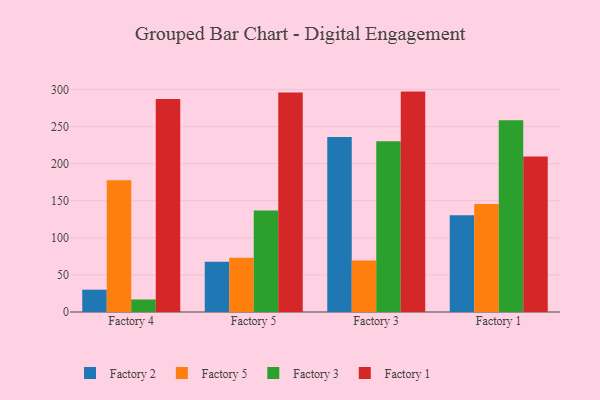
{"axis": {"x": "Factory", "y": "Satisfaction Score"}, "legend": ["Factory 1", "Factory 2", "Factory 3", "Factory 5"], "data": [{"x": "Factory 4", "y": 30.1, "type": "Factory 2"}, {"x": "Factory 4", "y": 177.5, "type": "Factory 5"}, {"x": "Factory 4", "y": 16.9, "type": "Factory 3"}, {"x": "Factory 4", "y": 287.0, "type": "Factory 1"}, {"x": "Factory 5", "y": 67.9, "type": "Factory 2"}, {"x": "Factory 5", "y": 73.0, "type": "Factory 5"}, {"x": "Factory 5", "y": 136.8, "type": "Factory 3"}, {"x": "Factory 5", "y": 295.8, "type": "Factory 1"}, {"x": "Factory 3", "y": 236.0, "type": "Factory 2"}, {"x": "Factory 3", "y": 69.3, "type": "Factory 5"}, {"x": "Factory 3", "y": 230.2, "type": "Factory 3"}, {"x": "Factory 3", "y": 297.1, "type": "Factory 1"}, {"x": "Factory 1", "y": 130.4, "type": "Factory 2"}, {"x": "Factory 1", "y": 145.5, "type": "Factory 5"}, {"x": "Factory 1", "y": 258.5, "type": "Factory 3"}, {"x": "Factory 1", "y": 209.5, "type": "Factory 1"}]}